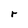
Character: r